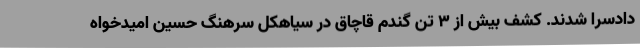
دادسرا شدند. کشف بیش از 3 تن گندم قاچاق در سیاهکل سرهنگ حسین امیدخواه